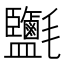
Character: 𣱄